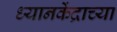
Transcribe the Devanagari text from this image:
ध्यानकेंद्राच्या